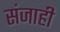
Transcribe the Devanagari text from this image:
संजाही